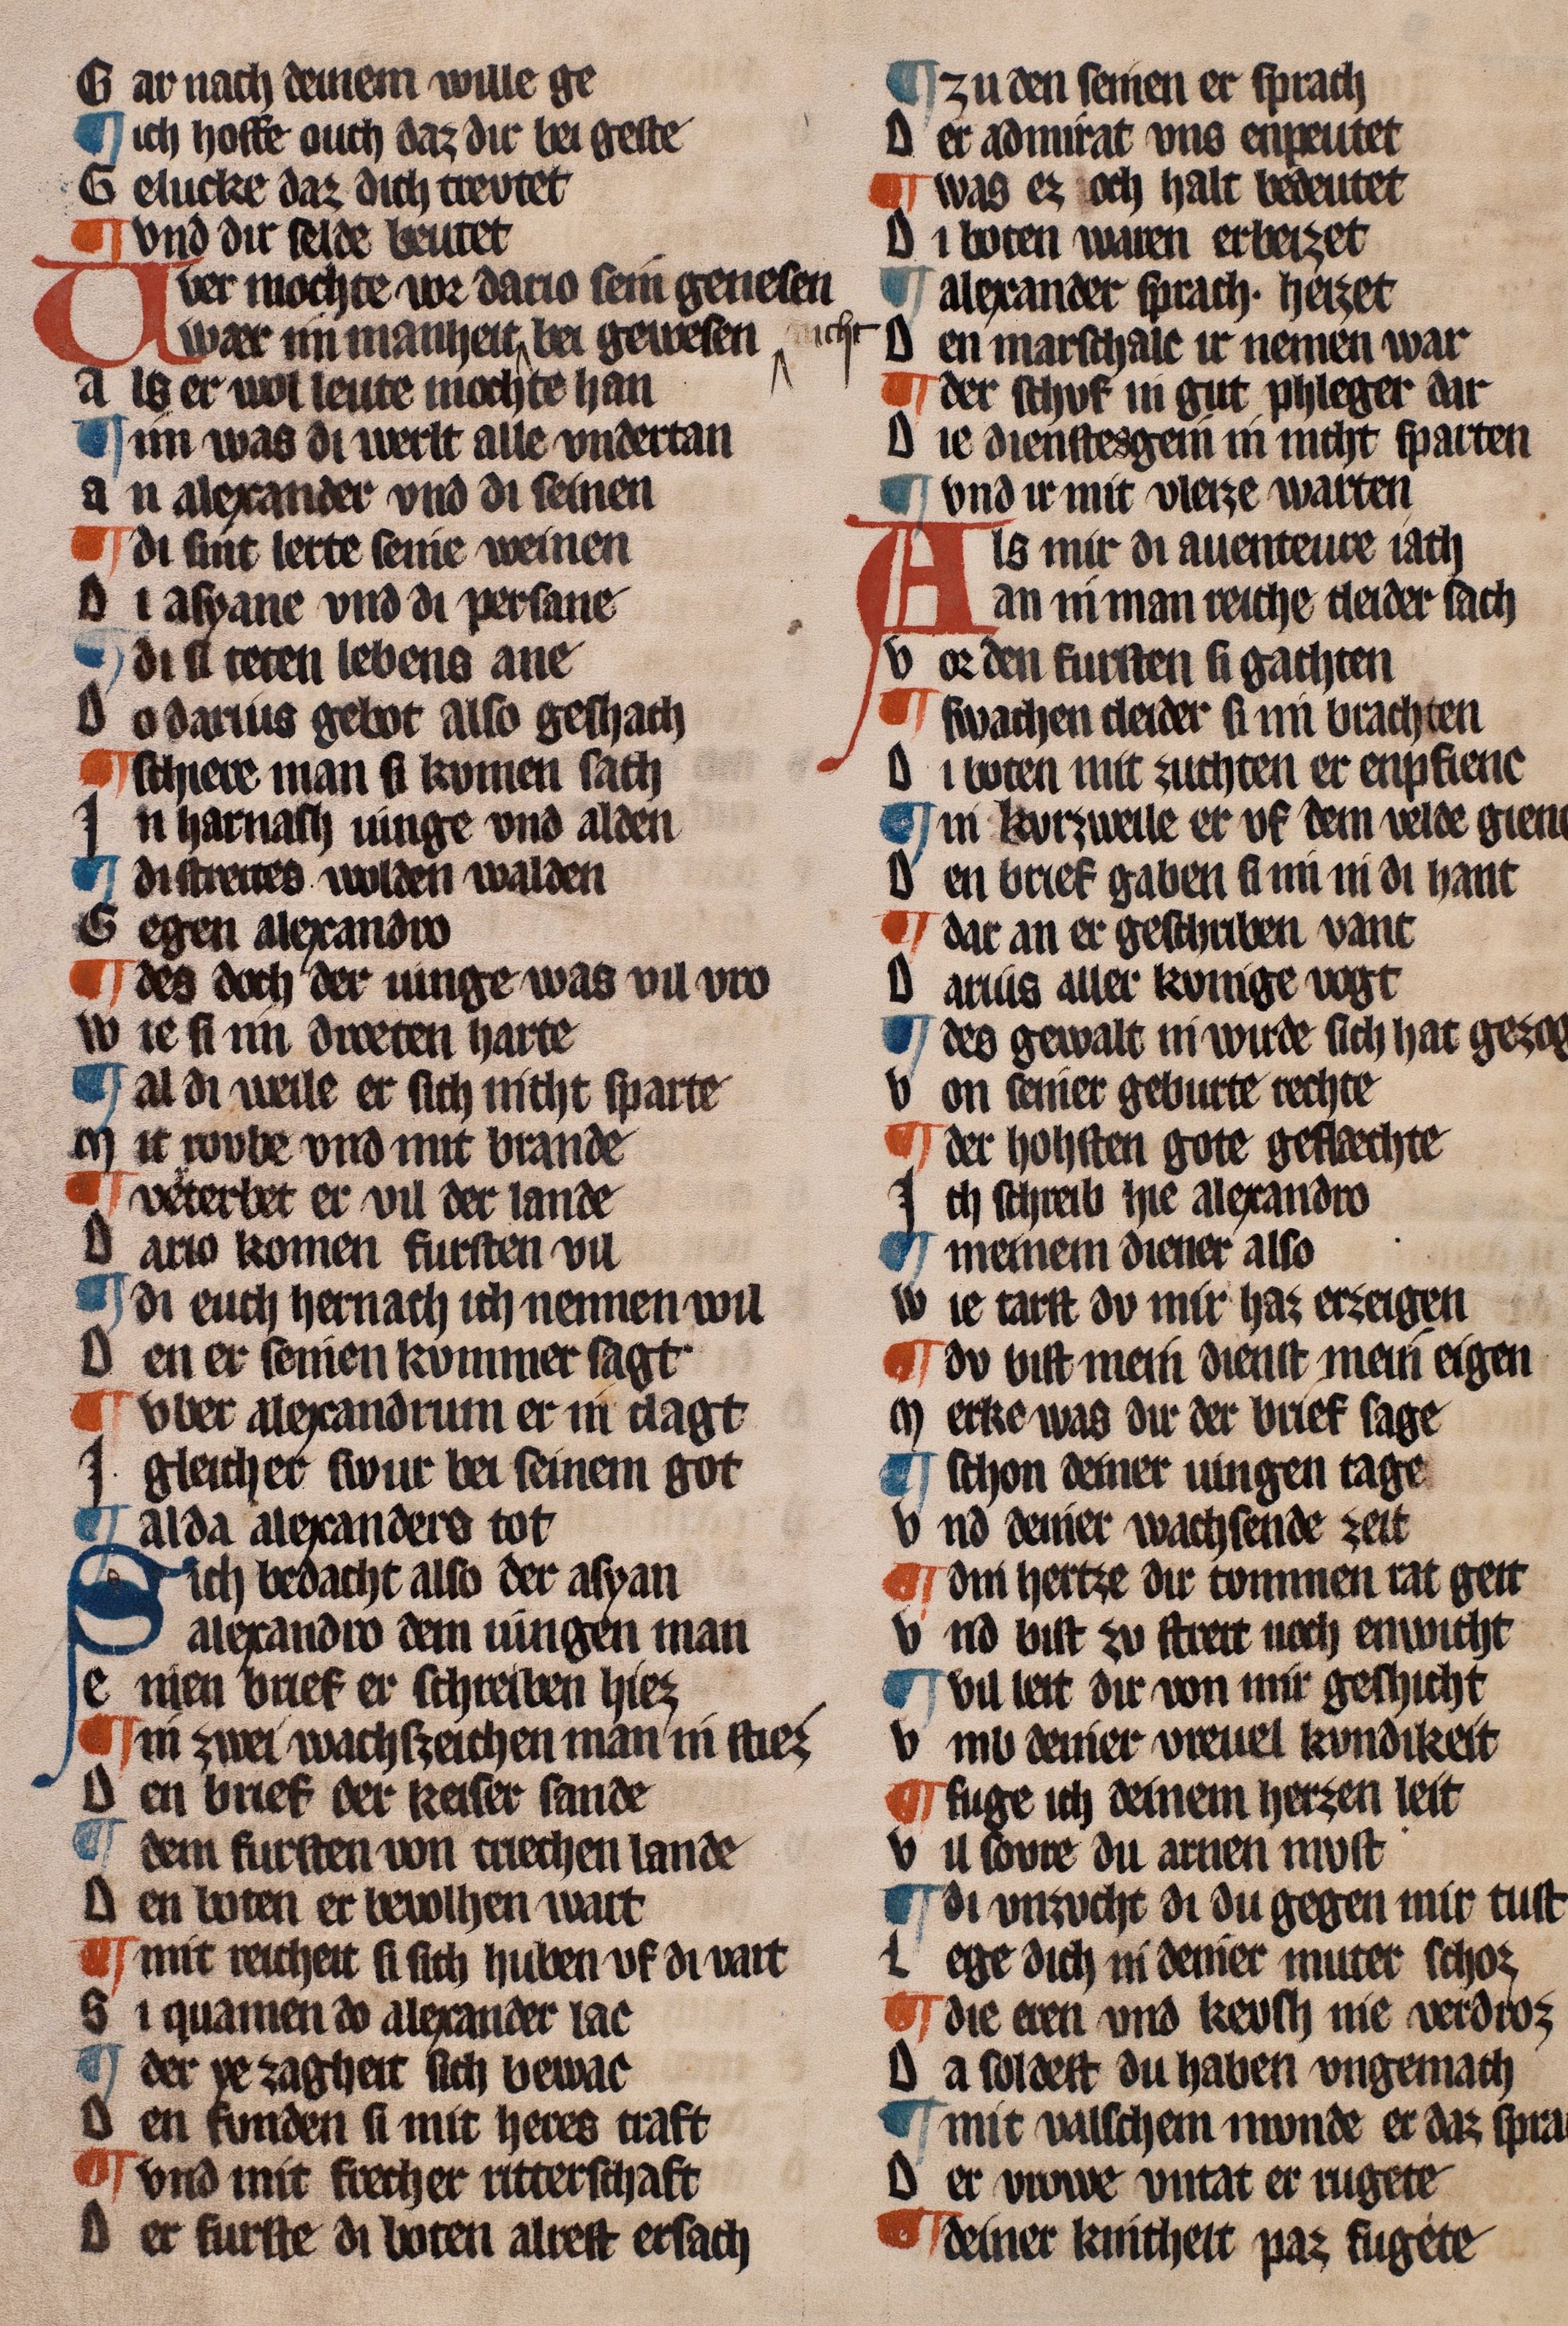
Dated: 1322–1322